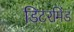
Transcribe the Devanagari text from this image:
डिटरमिंड